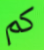
كم